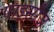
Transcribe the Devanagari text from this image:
पाइसीज़